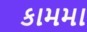
કામમા